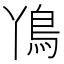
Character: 𮬨